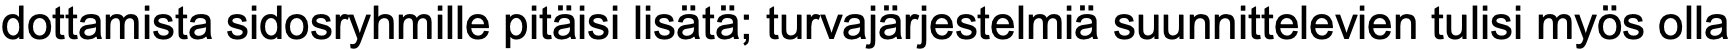
dottamista sidosryhmille pitäisi lisätä; turvajärjestelmiä suunnittelevien tulisi myös olla